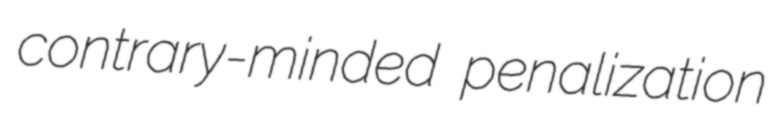
contrary-minded penalization